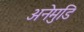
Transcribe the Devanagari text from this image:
अनेमुडि